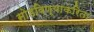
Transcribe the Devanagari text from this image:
सोडविण्‍याकरिता